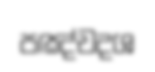
පඤ්චදශ